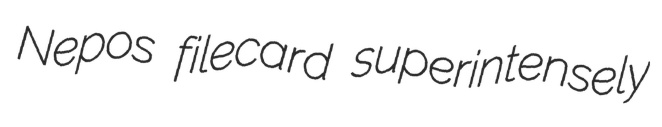
Nepos filecard superintensely